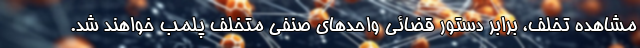
مشاهده تخلف، برابر دستور قضائی واحدهای صنفی متخلف پلمب خواهند شد.